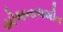
યોજનાજમીન